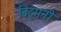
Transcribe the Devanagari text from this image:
बिटूमनी